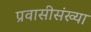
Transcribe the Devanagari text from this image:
प्रवासीसंख्या